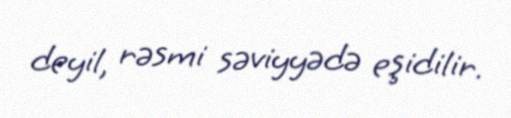
deyil, rəsmi səviyyədə eşidilir.